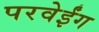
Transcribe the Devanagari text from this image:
परवेईंग